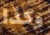
وكذا